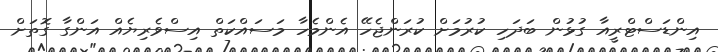
އިންޑަސްޓްރީއާ ގުޅުން ބަދަހި ކުރުމަށް ކުރަންޖެހޭ އެންމެހާ މަސައްކަތް އިސްވެރިޔެއް އަންގާ ގޮތަށް